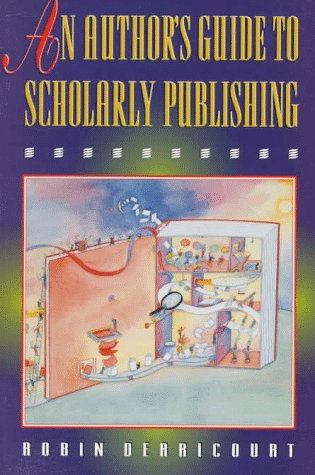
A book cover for An Author's Guide to Scholarly Publishing; Robin Derricourt; Humor & Entertainment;